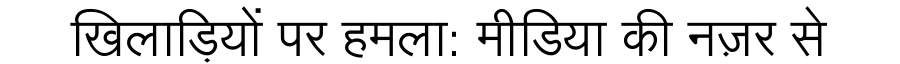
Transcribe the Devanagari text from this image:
खिलाड़ियों पर हमला: मीडिया की नज़र से